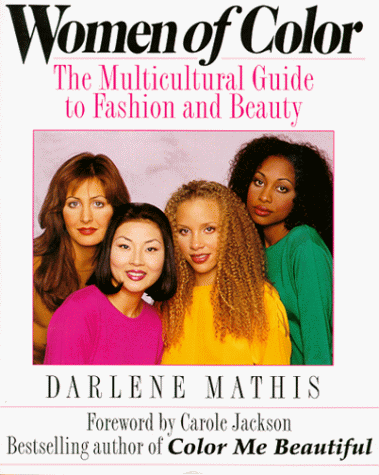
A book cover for Women of Color; Ms. Darlene Mathis; Health, Fitness & Dieting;